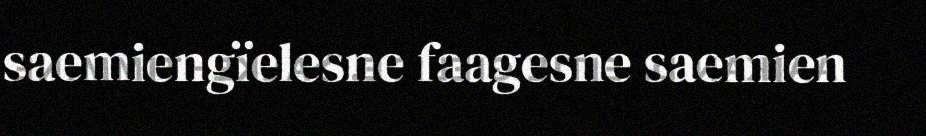
saemiengïelesne faagesne saemien